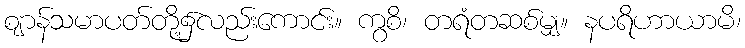
ဈာန်သမာပတ်တို့၌လည်းကောင်း။ ကွစိ၊ တရံတဆစ်မျှ။ နပရိဟာယာမိ၊